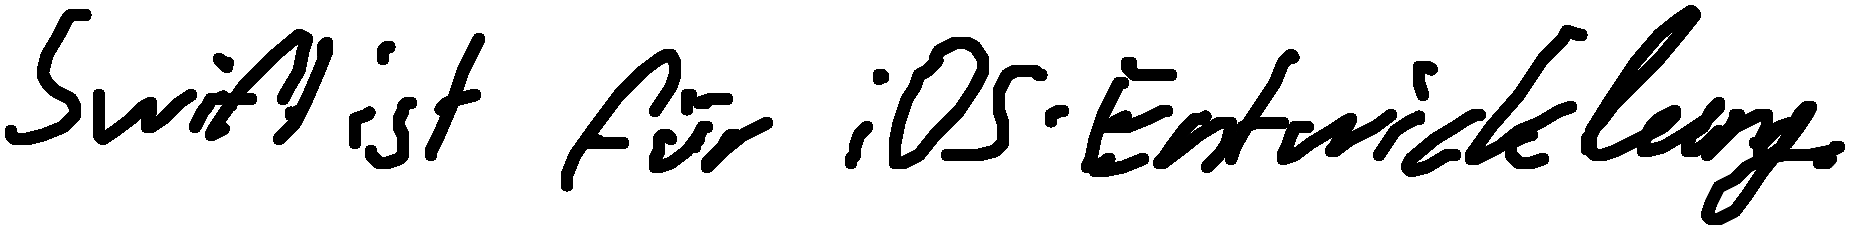
Swift ist für iOS-Entwicklung.